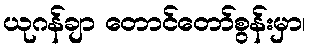
ယုဂန်ချာ တောင်တော်စွန်းမှာ၊